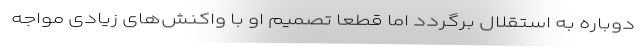
دوباره به استقلال برگردد اما قطعا تصمیم او با واکنش‌های زیادی مواجه